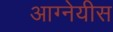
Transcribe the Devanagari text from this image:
आग्नेयीस